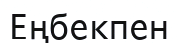
Еңбекпен